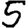
Digit: 5